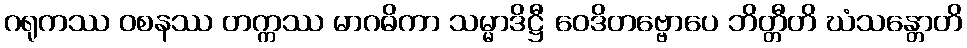
ဂရုကဿ ဝစနဿ တက္ကဿ မာဂဓိကာ သမ္မာဒိဋ္ဌီ ဝေဒိတဗ္ဗောပေ ဘိတ္တီတိ ဃံသန္တောတိ